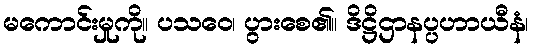
မကောင်းမှုကို။ ပသဝေ၊ ပွားစေ၏။ ဒိဋ္ဌိဌာနပ္ပဟာယီနံ၊